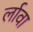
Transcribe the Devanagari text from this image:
र्लावा